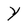
Character: Y